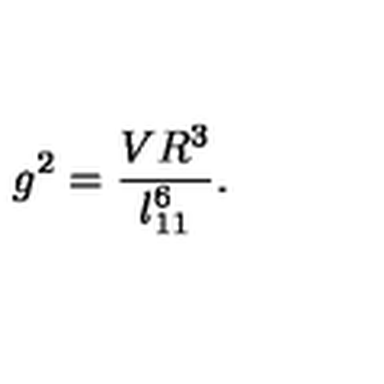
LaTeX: g ^ { 2 } = \frac { V R ^ { 3 } } { l _ { 1 1 } ^ { 6 } } .